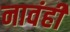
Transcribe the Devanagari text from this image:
नावंही